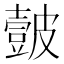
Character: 皼